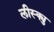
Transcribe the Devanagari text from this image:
लीस्क्यु